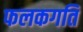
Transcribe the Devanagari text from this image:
फलकगति